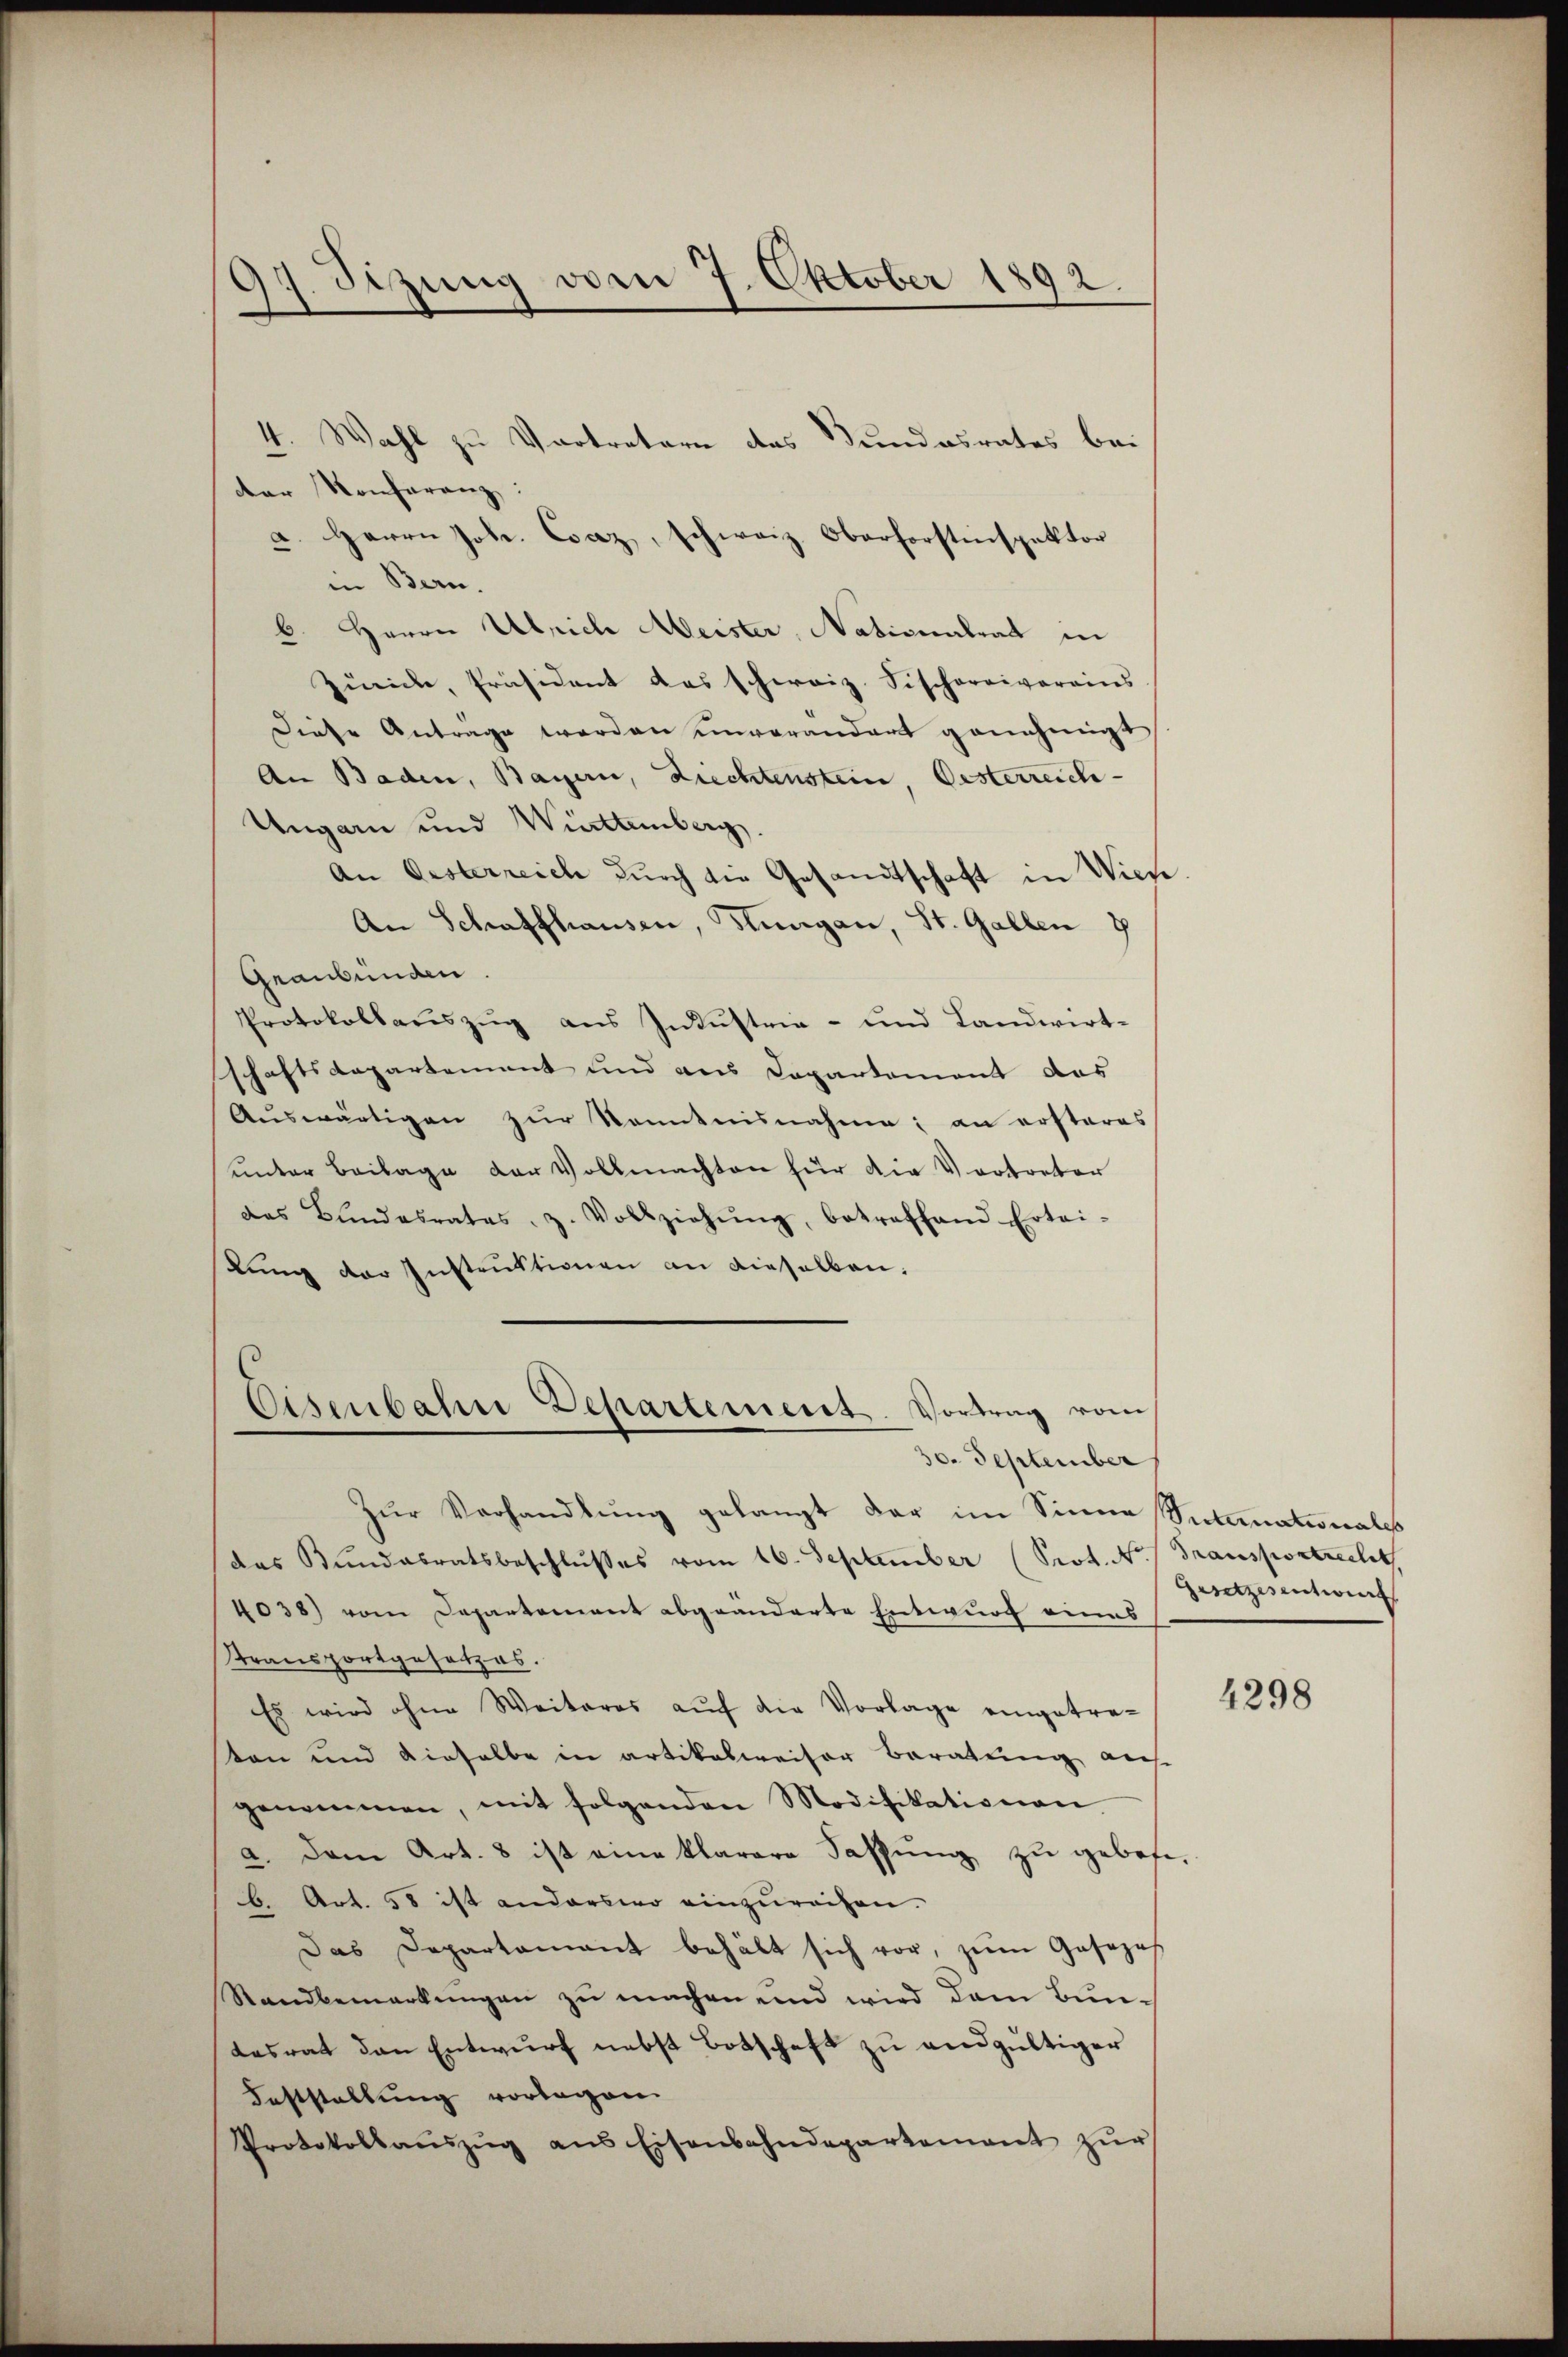
17. Sizung vom 7. Oktober 1892.

4. Wahl zu Vortretern das Bundesrates bei
der Konferenz
a. Herrn Joh. Caz, schweiz. Oberforstinspektor
in Bern.
6. Herrn Ulrich Meister, Nationalrat in
Zürich, Präsident das schweiz. Fischarrivereins
Diese Antrage werden unvorandert genehmigt
An Baden, Bayern, Liechtenstein, Oesterreich-
Ungarn und Württemberg.
An Oesterreich durch die Gesandtschaft in Wicke
An Schaffhausen, Hungau, St. Gallen 7
Geanbunden.
Protokollauszug aus Industrie- und Landwirt-
schaftsdepartement und aus Departement das
Auswärtigen zur Kenntnisnahme; an ersteres
ŭnter Beilage der Vollmachten für die Vertreter
das Bŭndesrates, z. Vollziehŭng, betreffend Ertei-
lung der Instruktionen an dieselben.
Eisenbahre Departement. Vortrag vom
30. September
Zŭr Verhandlung gelangt der im Sinne Intimationales
das Bundesratsbeschlŭsses vom 16. September (Prot. N. / Transportrecht
4038) vom Departement abgeänderte Entwurf eines
Stransportgesetzes.
Es wird ohne Weiteres aŭf die Vorlage eingetre-
ton und dieselbe in artikelweiser Beratung auf
genommen, mit folgenden Modifikationen
a. Dem Art. 8 ist eine klarere Fassung zu gebote
b. Art. 58 ist anderswo einzureihen.
Das Departamant behält sich vor, zŭm Josezes
Standbemerkungen zu machen und wird dem Bun-
desrat den Entwurf nebst Botschaft zu endgültiger
Feststellung vorlagen.
Protokollaŭszŭg ans Eisenbahndepartement zŭr

Gesetzesentwurf

4298